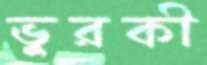
ভুরকী